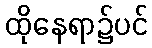
ထိုနေရာ၌ပင်